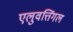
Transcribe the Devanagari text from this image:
एलुवत्तिंगल